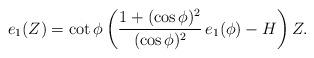
LaTeX: \begin{align*} e_1(Z)=\cot\phi\,\bigg(\frac{1+(\cos\phi)^2}{(\cos\phi)^2}\,e_1(\phi)-H\bigg)\,Z.\end{align*}